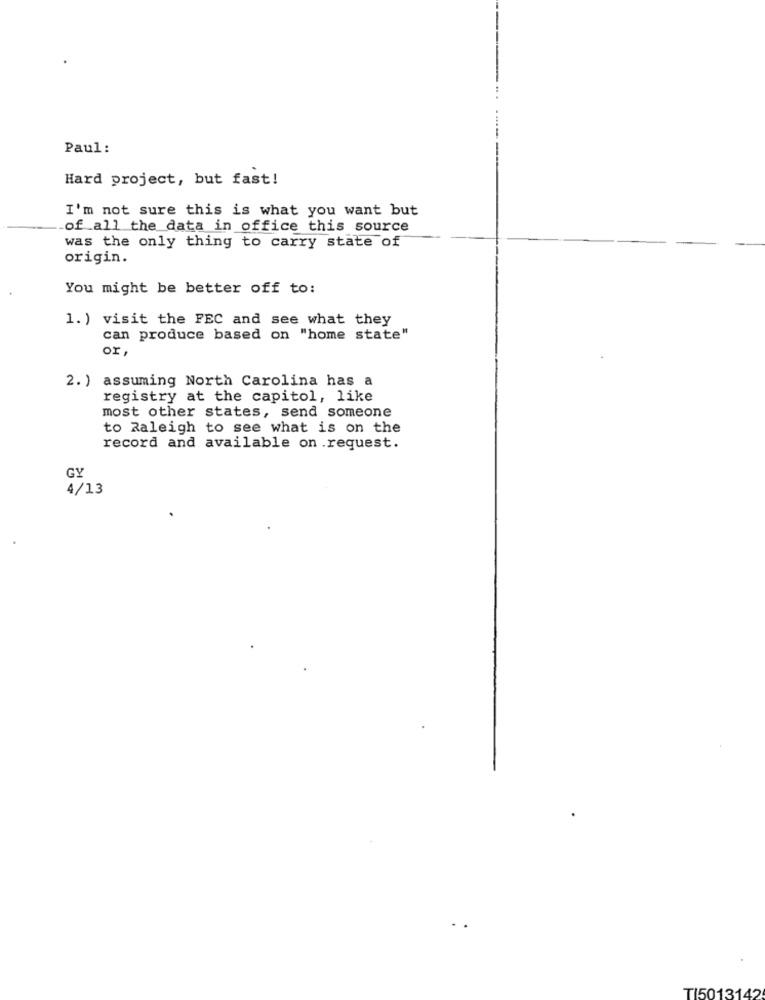
Paul:
Hard project, but fast!
I'm not sure this is what you want but
of all the data in office this source
was the only thing to carry state of
origin.
You might be better off to:
1. ) visit the FEC and see what they
can produce based on "home state"
or,
2. ) assuming North Carolina has a
registry at the capitol, like
most other states, send someone
to Raleigh to see what is on the
record and available on request.
GY
4/13
TI5013142